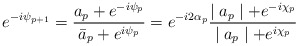
\begin{align*}e^{-i\psi_{p+1}} = \frac{a_p + e^{-i\psi_p}}{\bar a_p + e^{i\psi_p}} =e^{-i2\alpha_p}\frac{\mid a_p\mid + e^{-i\chi_p}}{\mid a_p\mid +e^{i\chi_p}}\end{align*}